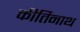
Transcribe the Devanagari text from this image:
कीर्तिनाथ